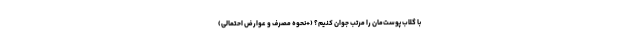
با گلاب پوست‌مان را مرتب جوان کنیم؟ (+نحوه مصرف و عوارض احتمالی)